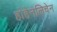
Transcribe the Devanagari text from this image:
होहेनलिचेन